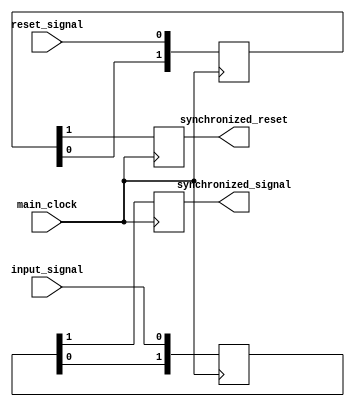
module synchronizer_with_reset(
    input wire main_clock,
    input wire input_signal,
    input wire reset_signal,
    output reg synchronized_signal,
    output reg synchronized_reset
);

reg [1:0] input_sync_reg;
reg [1:0] reset_sync_reg;

always @(posedge main_clock) begin
    input_sync_reg <= {input_sync_reg[0], input_signal};
    reset_sync_reg <= {reset_sync_reg[0], reset_signal};
    
    synchronized_signal <= input_sync_reg[1];
    synchronized_reset <= reset_sync_reg[1];
end

endmodule